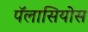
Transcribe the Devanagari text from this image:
पॅलासियोस